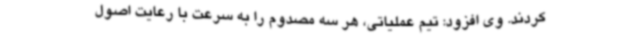
کردند. وی افزود: تیم عملیاتی، هر سه مصدوم را به سرعت با رعایت اصول